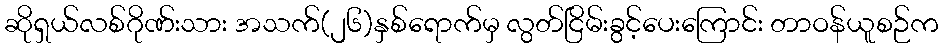
ဆိုရှယ်လစ်ဂိုဏ်းသား အသက်(၂၆)နှစ်ရောက်မှ လွတ်ငြိမ်းခွင့်ပေးကြောင်း တာဝန်ယူစဉ်က